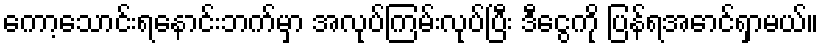
ကော့သောင်းရနောင်းဘက်မှာ အလုပ်ကြမ်းလုပ်ပြီး ဒီငွေကို ပြန်ရအောင်ရှာမယ်။